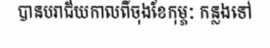
បានបរាជ័យកាលពីចុងខែកុម្ភៈ កន្លងទៅ